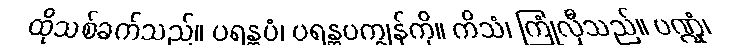
ထိုသစ်ခက်သည်။ ပရန္တပံ၊ ပရန္တပကျွန်ကို။ ကိသံ၊ ကြုံလှီသည်။ ပဏ္ဍုံ၊